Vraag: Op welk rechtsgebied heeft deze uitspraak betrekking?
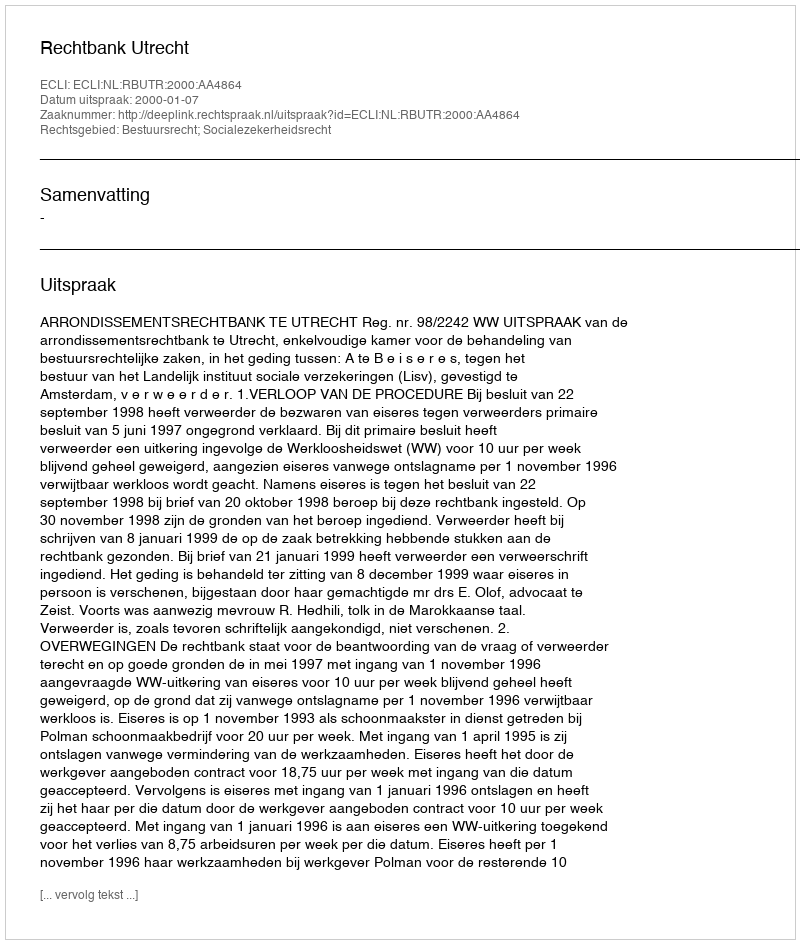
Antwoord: Bestuursrecht; Socialezekerheidsrecht